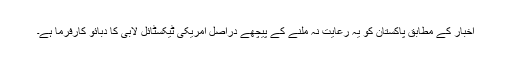
اخبار کے مطابق پاکستان کو یہ رعایت نہ ملنے کے پیچھے دراصل امریکی ٹیکسٹائل لابی کا دبائو کارفرما ہے۔